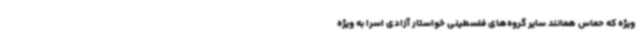
ویژه که حماس همانند سایر گروه‌های فلسطینی خواستار آزادی اسرا به ویژه